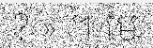
? » ។ មេ